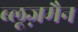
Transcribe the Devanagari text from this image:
ब्लूज़मैन